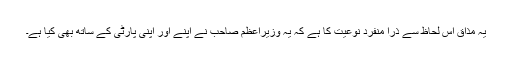
یہ مذاق اس لحاظ سے ذرا منفرد نوعیت کا ہے کہ یہ وزیراعظم صاحب نے اپنے اور اپنی پارٹی کے ساتھ بھی کیا ہے۔